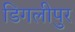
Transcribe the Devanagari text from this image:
डिगलीपुर